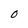
Character: O